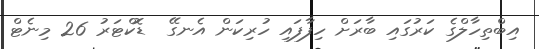
އިބްތިހާލްގެ ކަރުގައި ބާރަށް ހިފާފައި ހުރިކަން އެނގޭ  ޑޮކްޓަރު 26 މިނެޓް